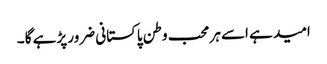
امید ہے اسے ہر محب وطن پاکستانی ضرور پڑہے گا ۔